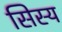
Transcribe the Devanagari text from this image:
सिस्य